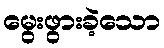
မွေးဖွားခဲ့သော